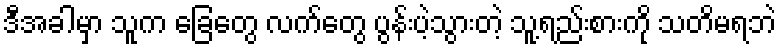
ဒီအခါမှာ သူက ခြေတွေ လက်တွေ ပွန်းပဲ့သွားတဲ့ သူ့ရည်းစားကို သတိမရဘဲ